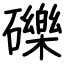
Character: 礫